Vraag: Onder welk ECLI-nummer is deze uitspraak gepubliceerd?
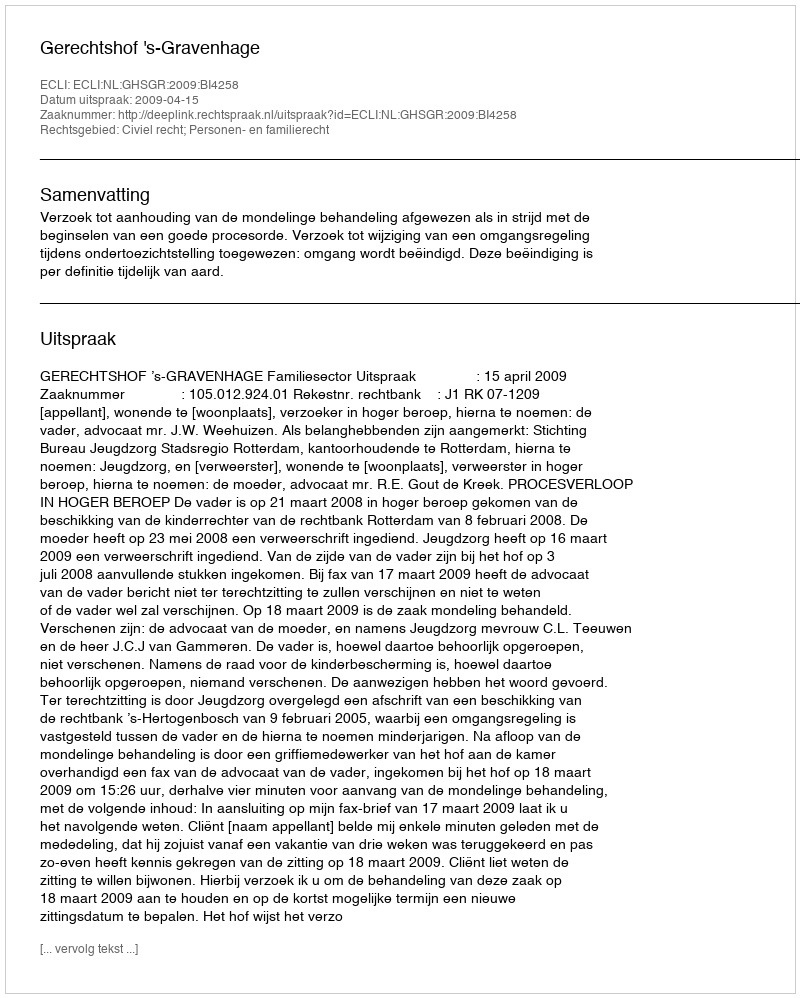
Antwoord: ECLI:NL:GHSGR:2009:BI4258